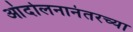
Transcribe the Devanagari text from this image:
आंदोलनानंतरच्या